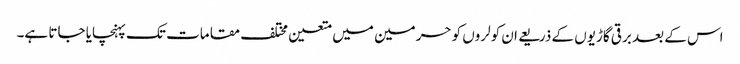
اس کے بعد برقی گاڑیوں کے ذریعے ان کولروں کو حرمین میں متعین مختلف مقامات تک پہنچایا جاتا ہے۔